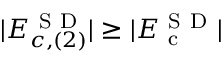
| E _ { c , ( 2 ) } ^ { \mathrm { ~ S ~ D ~ } } | \geq | E _ { \mathrm { ~ c ~ } } ^ { \mathrm { ~ S ~ D ~ } } |